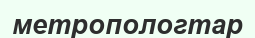
метропологтар